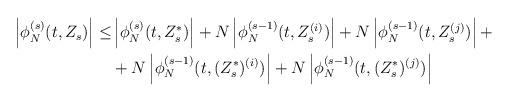
LaTeX: \begin{align*}\begin{aligned}\left| \phi_N^{(s)} (t,Z_s) \right| \leq& \left| \phi_N^{(s)} (t,Z_s^*) \right| + N \left| \phi_N^{(s-1)} (t,Z_s^{(i)}) \right| +N \left| \phi_N^{(s-1)} (t,Z_s^{(j)}) \right| + \\& + N \left| \phi_N^{(s-1)} (t,(Z_s^*)^{(i)}) \right| +N \left| \phi_N^{(s-1)} (t,(Z_s^*)^{(j)}) \right|\end{aligned}\end{align*}